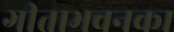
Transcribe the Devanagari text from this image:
गीताभवनका